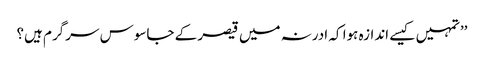
’’تمہیں کیسے اندازہ ہوا کہ ادرنہ میں قیصر کے جاسوس سرگرم ہیں؟